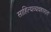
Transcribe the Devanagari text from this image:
साहित्यव्यवहारात